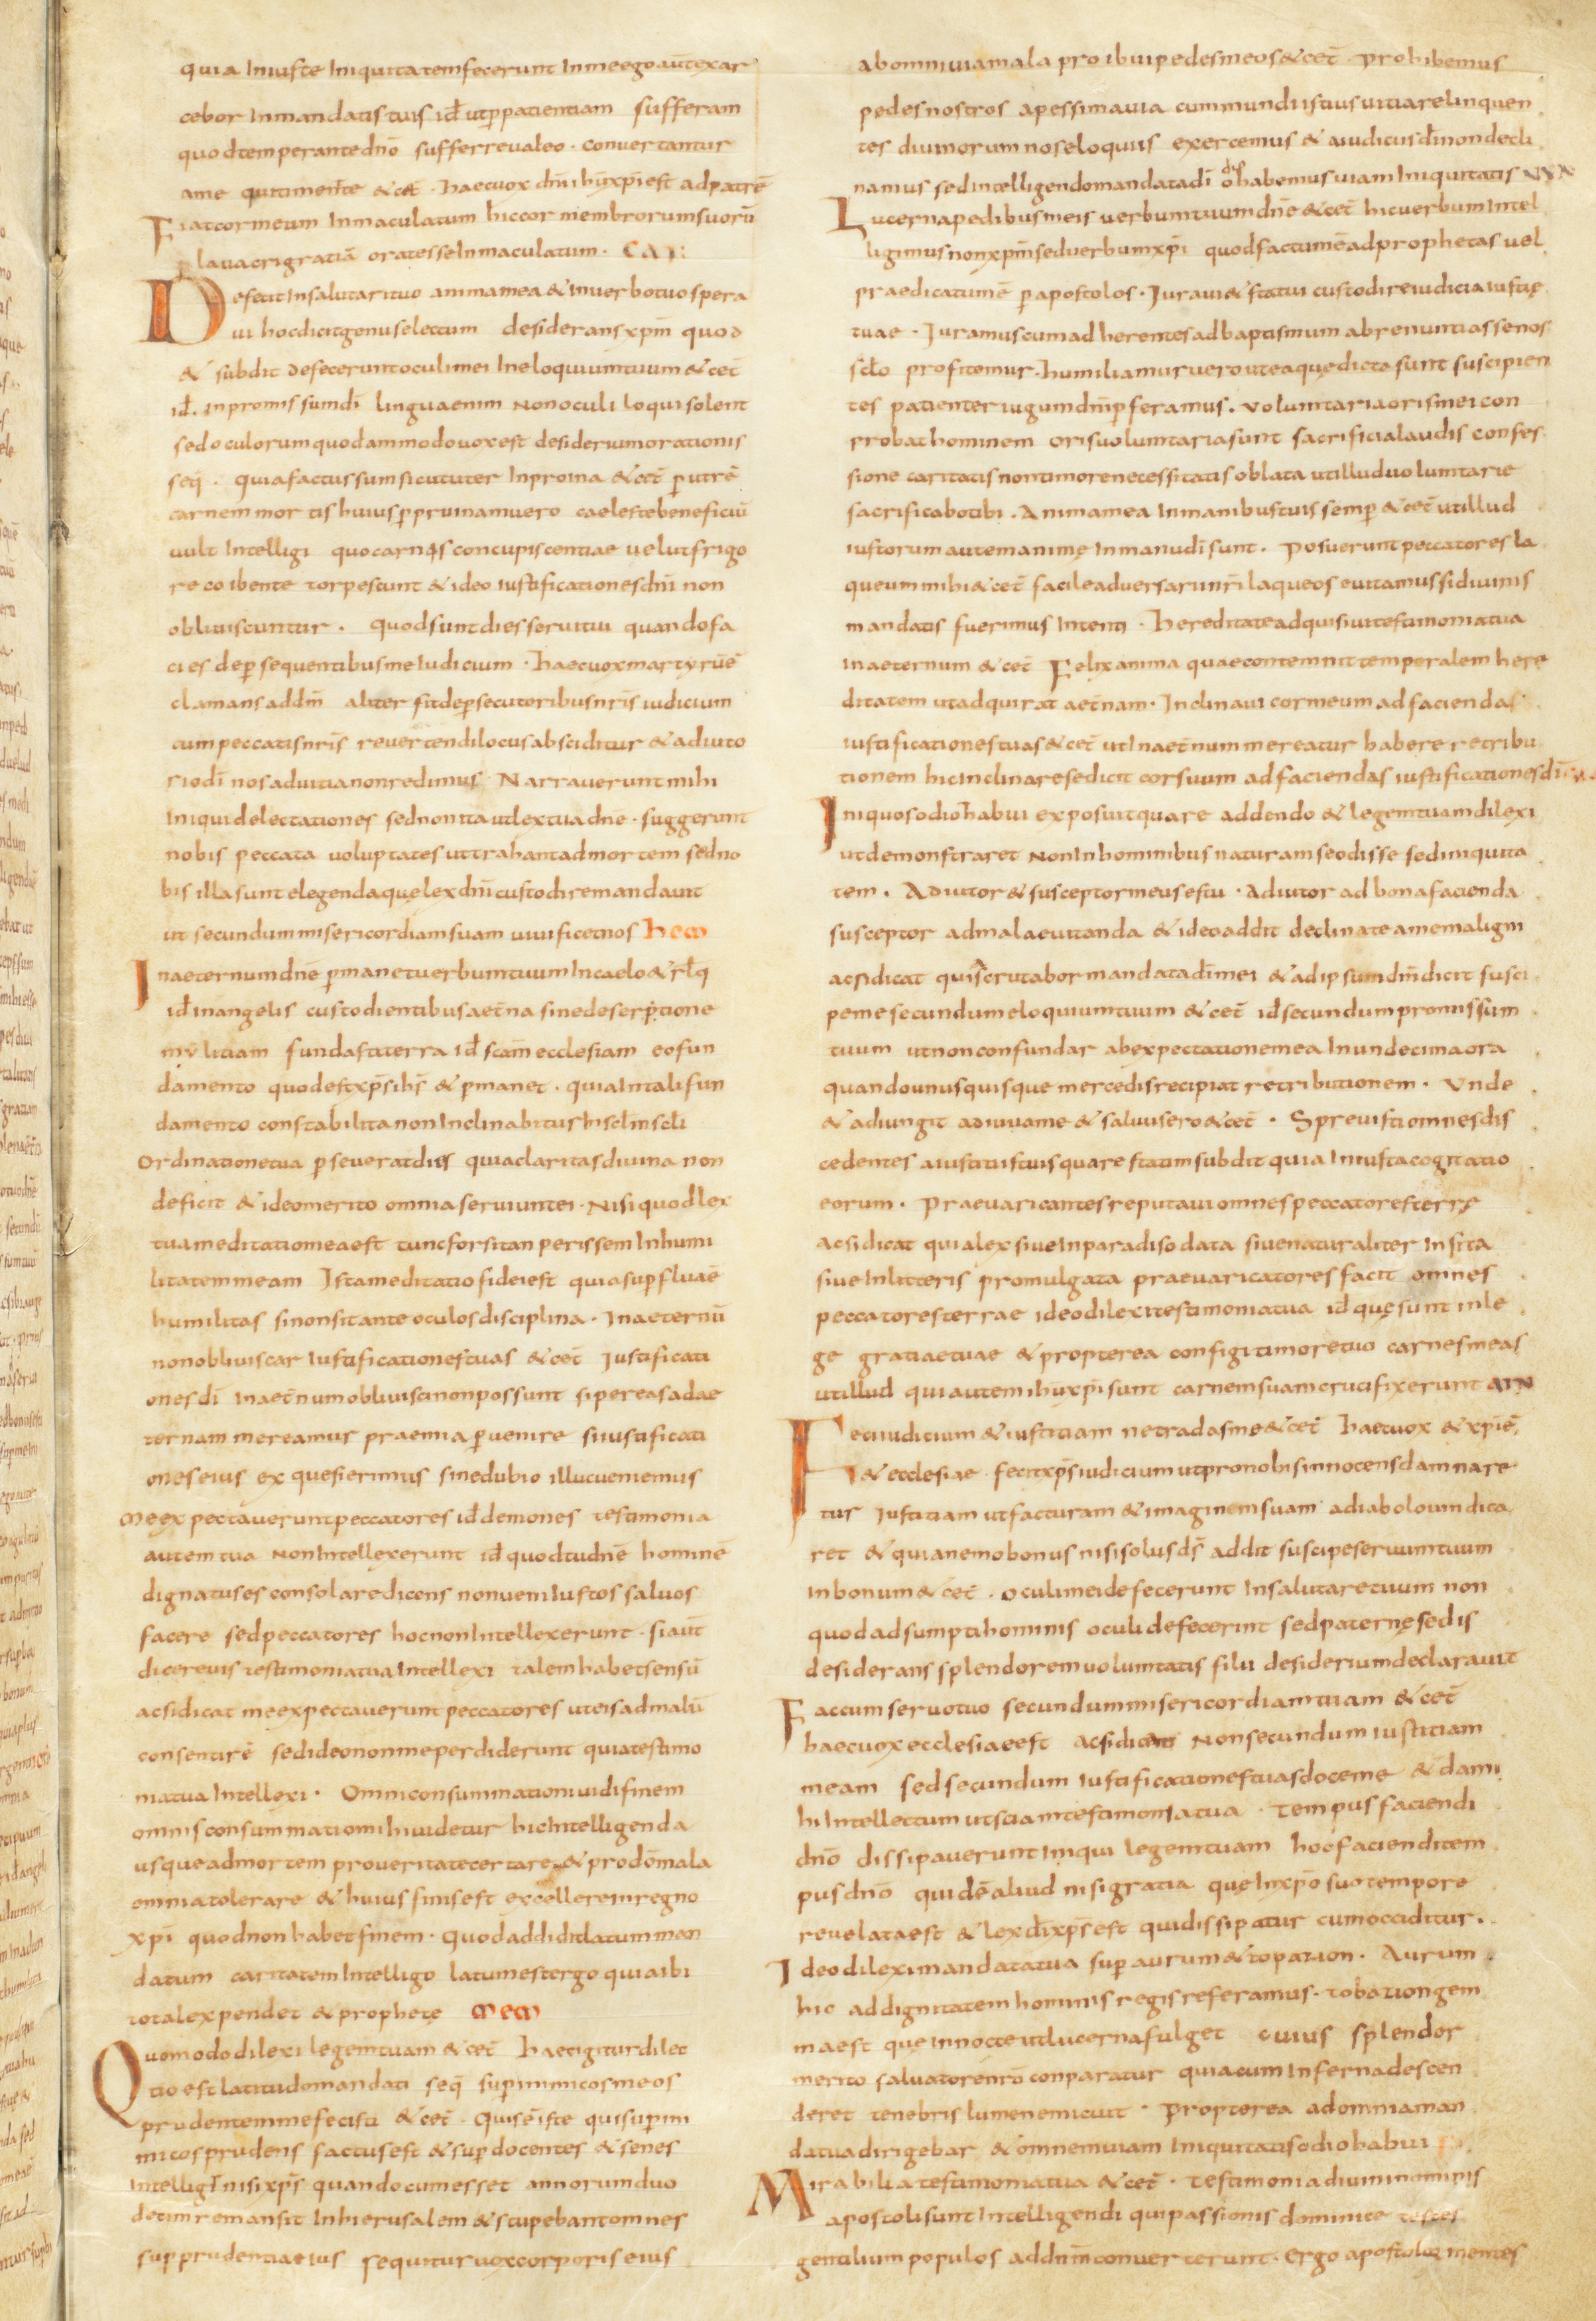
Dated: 800–824